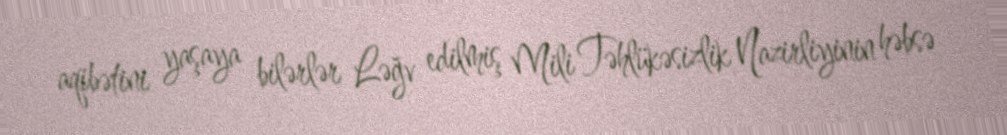
aqibətini yaşaya bilərlər Ləğv edilmiş Mili Təhlükəsizlik Nazirliyinin həbsə